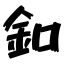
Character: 釦